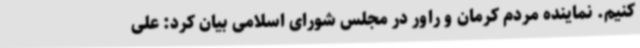
کنیم. نماینده مردم کرمان و راور در مجلس شورای اسلامی بیان کرد: علی